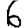
Digit: 6